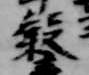
穀